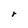
Character: r